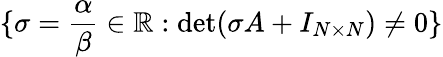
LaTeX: \{ \sigma=\frac{\alpha}{\beta}\in\mathbb{R}:\operatorname*{det}(\sigma A+I_{N\times N})\neq 0\}